School population in Scotland, 1937
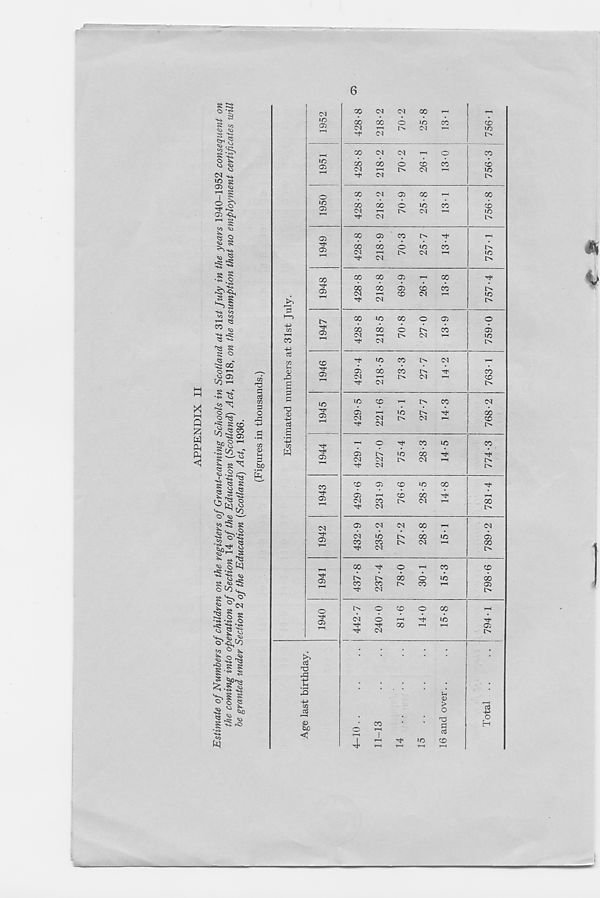
6
S =2
O *se
53H
£
O ^
Vi
cr>
03
to >u
§ o
S §
« J
►SJ ^
8 ^
•3 o
s a
co <a
•M r5i
tS %
as 8
8 O
CO
S 03
CO ~
8
■« «
X
32 ^
Q
X
W
<
o .—.
o as
.
'g 8 CD
co^Sg
fc/a O
•S
I §^
'P '-S as
s 's s
o
C.^ "
?5 'S 8
Co
•g V-s
to
Pi
'§o' :,, §
g 5 — S
^ SS ^
J 1^
P^ 'Pi
<u
-O* -<S» O
^
**s
'o S ^3
to °
«
as
^ -S
IS 8 8
8-« S
■I
< •§ -S
HI
G3
P
O
rS
oCO.
8^
^ ° <N
^ S
: ^
3
•—>
T3
0
• C
Oi
o
lO
cn
a>
oo
a>
i>
G)
CD
<T>
LC
<G>
CO
0^
<N
(X
O)
O
G
%
r O
rCj
1
0
KC
<
00
<M
GO
C^l
00
00
00
oa
00
CM
o
CD
Ol
o
CO
X
X
CM
rf
CM
ob
CM
o
I>
lO
CM
X
X
CM
G
00
CM
O
r>
to
CM
CO
X
X
CM
X
X
CM
G
X
X
CM
X
CO
X
CM
CM
X
X
CM
I
-f<
X
ob
r—(
CM
G
CM
G
CM
G
C<1
G
CM
X
CM
G
CM
X
X
CM
X
CM
O
CM
O
l>
G
X
X
ob
CM
X
CM
CM
CM
X
O
X
l>
CM
CM
X
I>
X
CM
X
X
l>
X
CM
X
X
I>
l>
X
CM
X
l>
o
X
X
X
X
X
o
GO
X
TJ
a3
X
X
l>>
X
X
I>
X
X
X
l>
I>
X
i>
x
i>
G
X
I>
X
X
l>
X
X
I>
I>
X
I>
G
X
X
G
I>
G
t
H